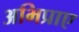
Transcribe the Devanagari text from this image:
अभिप्राए